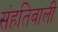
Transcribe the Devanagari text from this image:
संहतिवाली